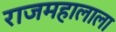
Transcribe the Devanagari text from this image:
राजमहालाला